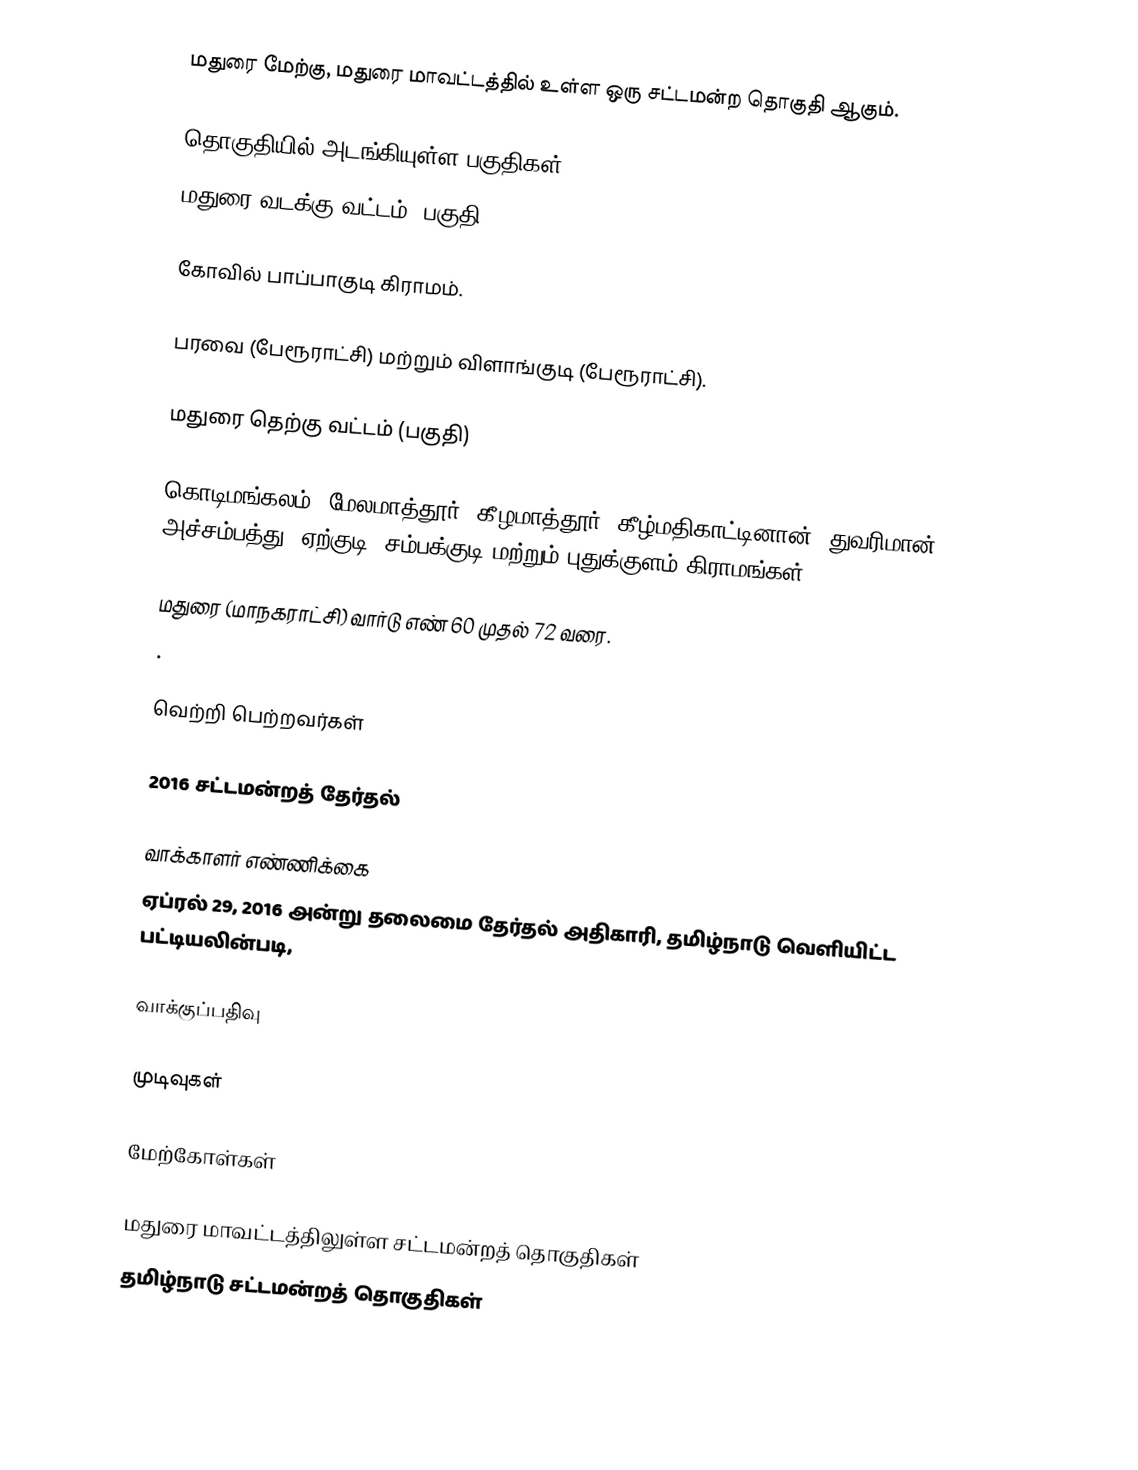
மதுரை மேற்கு, மதுரை மாவட்டத்தில் உள்ள ஒரு சட்டமன்ற தொகுதி ஆகும்.

தொகுதியில் அடங்கியுள்ள பகுதிகள்
 மதுரை வடக்கு வட்டம் (பகுதி)

கோவில் பாப்பாகுடி கிராமம்.

பரவை (பேரூராட்சி) மற்றும் விளாங்குடி (பேரூராட்சி).

மதுரை தெற்கு வட்டம் (பகுதி)

கொடிமங்கலம், மேலமாத்தூர், கீழமாத்தூர், கீழ்மதிகாட்டினான், துவரிமான், அச்சம்பத்து, ஏற்குடி, சம்பக்குடி மற்றும் புதுக்குளம் கிராமங்கள்.

மதுரை (மாநகராட்சி) வார்டு எண் 60 முதல் 72 வரை.
.

வெற்றி பெற்றவர்கள்

2016 சட்டமன்றத் தேர்தல்

வாக்காளர் எண்ணிக்கை
ஏப்ரல் 29, 2016 அன்று தலைமை தேர்தல் அதிகாரி, தமிழ்நாடு வெளியிட்ட பட்டியலின்படி,

வாக்குப்பதிவு

முடிவுகள்

மேற்கோள்கள்

மதுரை மாவட்டத்திலுள்ள சட்டமன்றத் தொகுதிகள்
தமிழ்நாடு சட்டமன்றத் தொகுதிகள்